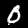
Label: 0